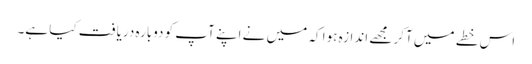
اس خطے میں آکر مجھے اندازہ ہوا کہ میں نے اپنے آپ کو دوبارہ دریافت کیا ہے۔